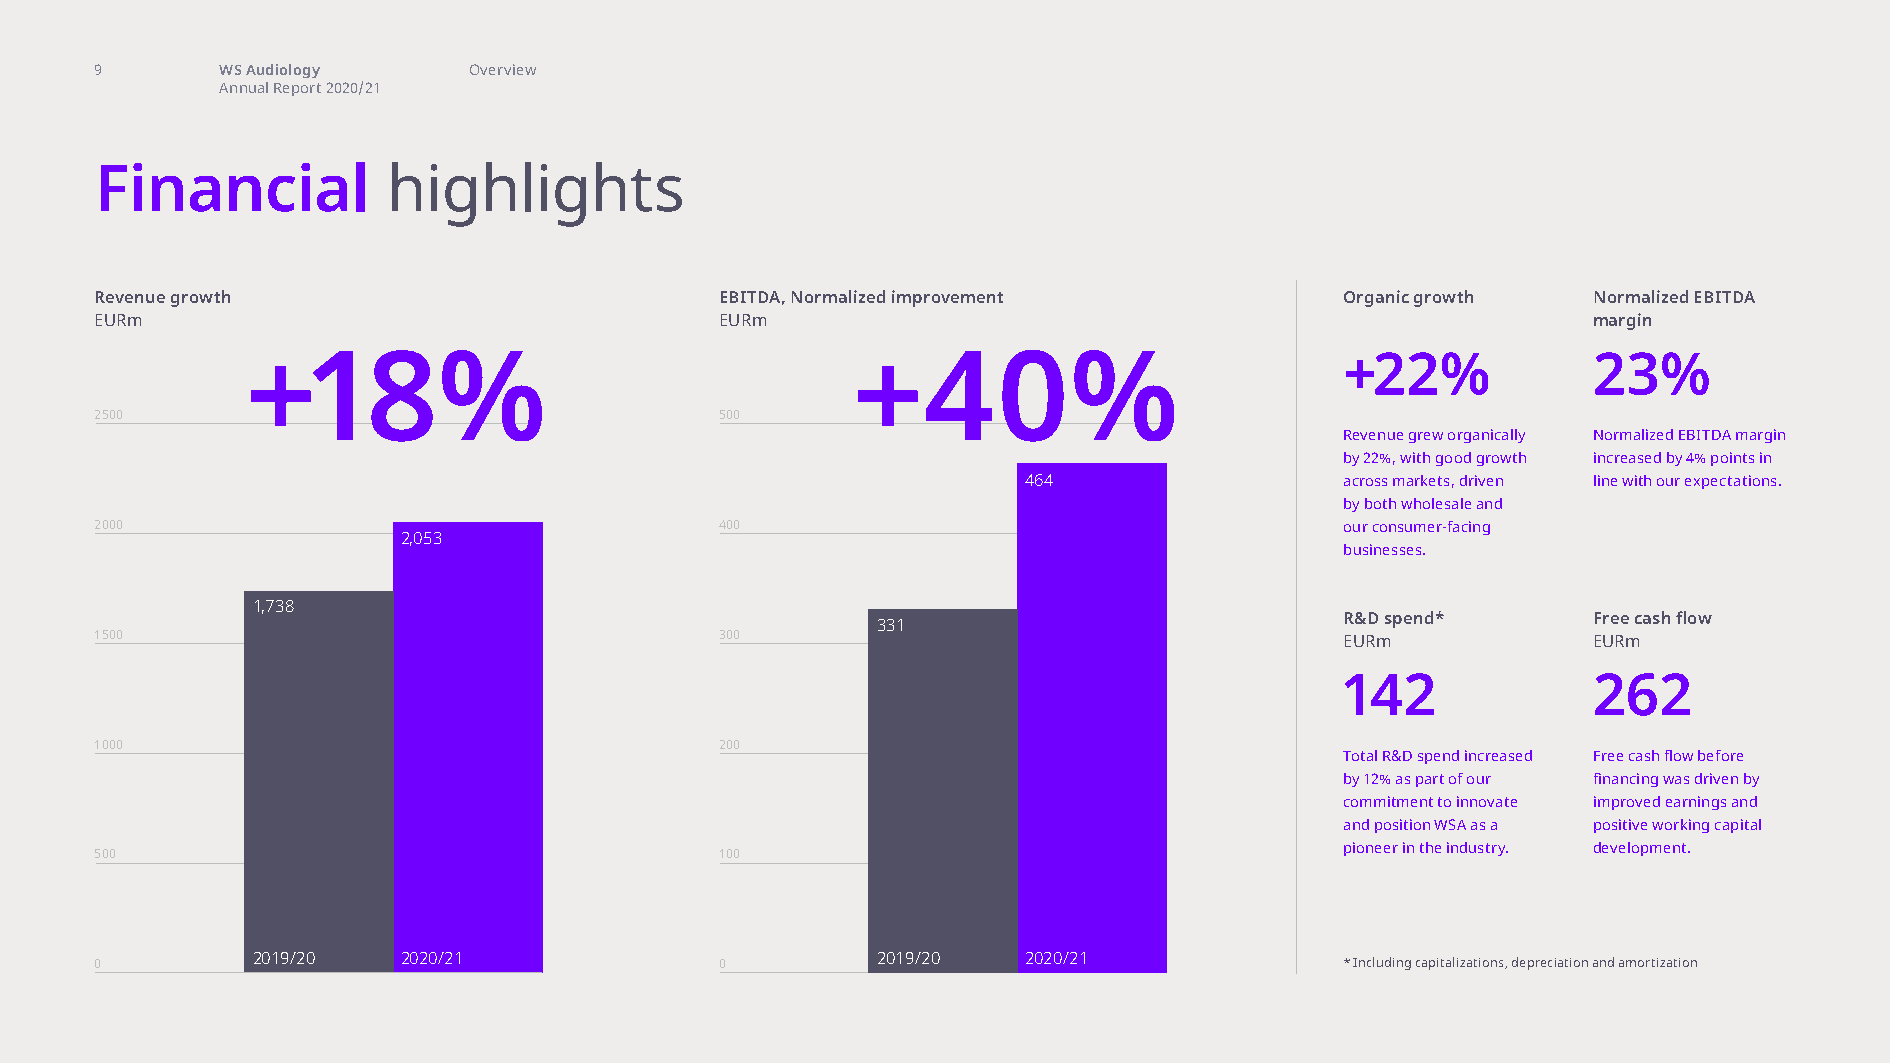
financial highlights
 9        WS Audiology    Overview
 Annual Report 2020/21
 Financial           highlights
 Revenue growth                            EBITDA, Normalized improvement           Organic growth  Normalized EBITDA
 EURm                                      EURm                                                     margin
 +18%                                    +40%                             +22%            23%
 2500                                      500
 Revenue grew organically Normalized EBITDA margin
 by 22%, with good growth increased by 4% points in
 464                  across markets, driven line with our expectations.
 by both wholesale and
 2000                                      400                                      our consumer-facing
 2,053
 businesses.
 1,738
 R&D spend*      Free cash flow
 331
 1500                                      300                                      EURm            EURm
 142             262
 1000                                      200
 Total R&D spend increased Free cash flow before
 by 12% as part of our financing was driven by
 commitment to innovate improved earnings and
 and position WSA as a positive working capital
 pioneer in the industry. development.
 500                                       100
 0          2019/20   2020/21              0         2019/20   2020/21              * Including capitalizations, depreciation and amortization